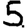
Digit: 5